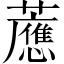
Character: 𧃽